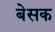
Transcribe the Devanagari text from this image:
बेसक